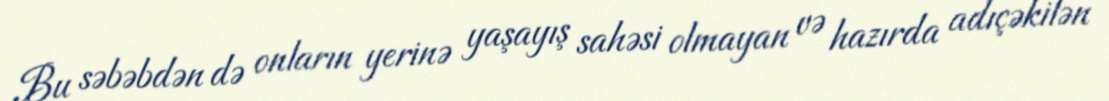
Bu səbəbdən də onların yerinə yaşayış sahəsi olmayan və hazırda adıçəkilən